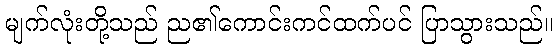
မျက်လုံးတို့သည် ည၏ကောင်းကင်ထက်ပင် ပြာသွားသည်။